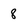
Character: 8